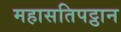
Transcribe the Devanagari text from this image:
महासतिपट्ठान